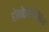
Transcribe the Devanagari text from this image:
होमोइहैबिलिस